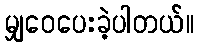
မျှဝေပေးခဲ့ပါတယ်။